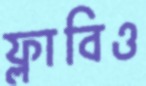
ফ্লাবিও